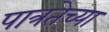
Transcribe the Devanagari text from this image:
पात्रतेच्या